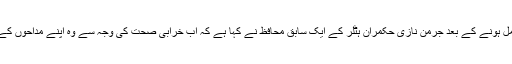
دوسری عالمی جنگ کو 65 برس مکمل ہونے کے بعد جرمن نازی حکمران ہٹلر کے ایک سابق محافظ نے کہا ہے کہ اب خرابی صحت کی وجہ سے وہ اپنے مداحوں کے خطوط کا مزید جواب نہیں دے سکتا۔